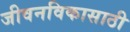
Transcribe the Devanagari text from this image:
जीवनविकासाठी